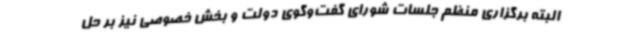
البته برگزاری منظم جلسات شورای گفت‌وگوی دولت و بخش خصوصی نیز بر حل